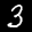
Label: 3